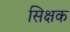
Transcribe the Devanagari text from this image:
सिक्षक